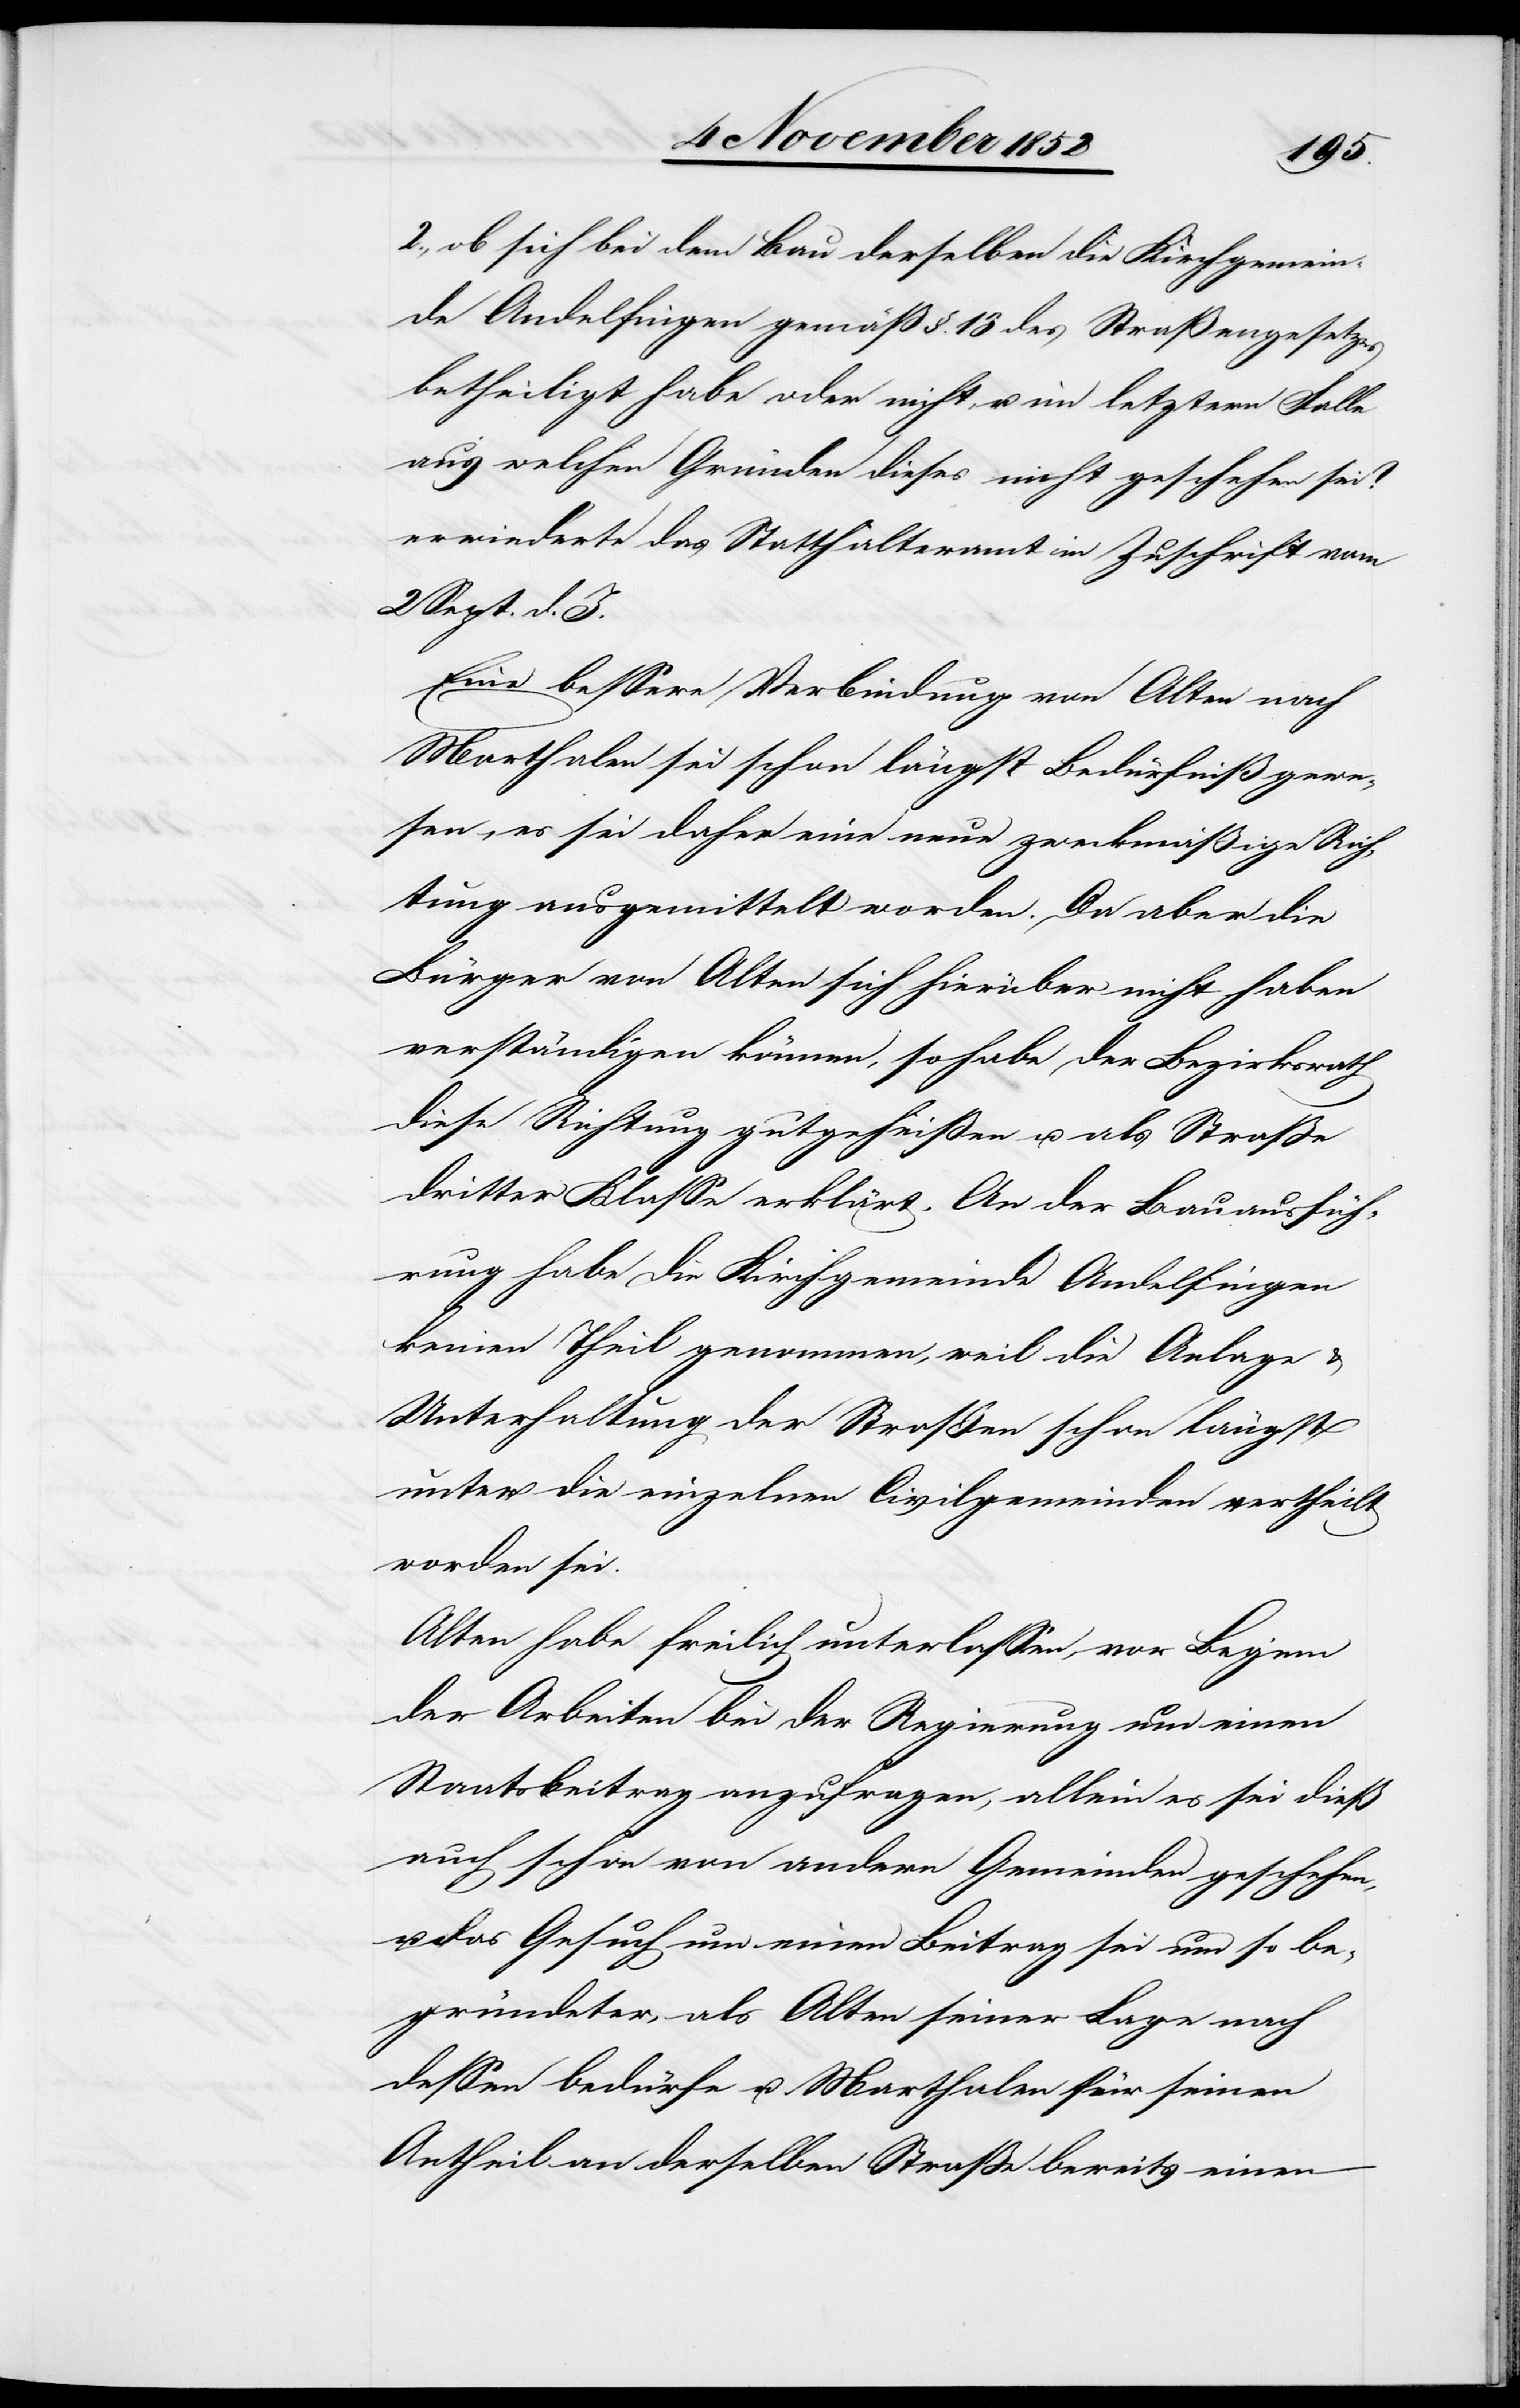
2., ob sich bei dem Bau derselben die Kirchgemein¬
de Andelfingen gemäß §. 13 des Straßengesetzes
betheiligt habe oder nicht, u. im letztern Falle
aus welchen Gründen dieses nicht geschehen sei?
erwiederte das Statthalteramt in Zuschrift vom
2 Sept. d. J.
Eine bessere Verbindung von Alten nach
Marthalen sei schon längst Bedürfniß gewe¬
sen, es sei daher eine neue zweckmäßige Rich¬
tung ausgemittelt worden. Da aber die
Bürger von Alten sich hierüber nicht haben
verständigen können, so habe der Bezirksrath
diese Richtung gutgeheißen u. als Straße
dritter Klasse erklärt. An der Bauausfüh¬
rung habe die Kirchgemeinde Andelfingen
keinen Theil genommen, weil die Anlage &
Unterhaltung der Straßen schon längst
unter die einzelnen Civilgemeinden vertheilt
worden sei.
Alten habe freilich unterlassen, vor Beginn
der Arbeiten bei der Regierung um einen
Staatsbeitrag anzufragen, allein es sei dieß
auch schon von andern Gemeinden geschehen,
u. das Gesuch um einen Beitrag sei um so be¬
gründeter, als Alten seiner Lage nach
dessen bedürfe u. Marthalen für seinen
Antheil an derselben Straße bereits einen